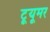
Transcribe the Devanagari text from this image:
टूयूमर